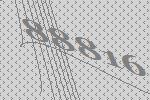
88816